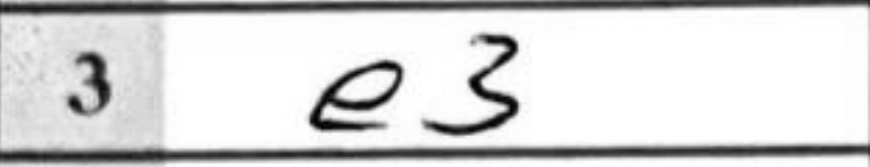
Transcription: e3